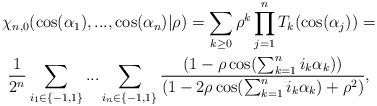
LaTeX: \begin{gather*}\chi_{n,0}(\cos(\alpha_{1}),...,\cos(\alpha_{n})|\rho)\allowbreak=\allowbreak\sum_{k\geq0}\rho^{k}\prod_{j=1}^{n}T_{k}(\cos(\alpha_{j}))\allowbreak=\\\allowbreak\frac{1}{2^{n}}\sum_{i_{1}\in\{-1,1\}}...\sum_{i_{n}\in\{-1,1\}}\frac{(1-\rho\cos(\sum_{k=1}^{n}i_{k}\alpha_{k}))}{(1-2\rho\cos(\sum_{k=1}^{n}i_{k}\alpha_{k})+\rho^{2})},\end{gather*}